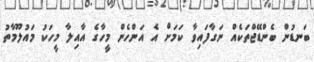
ބަނޑުން ބެންޑޭޖްތަކެއް ނަގާފައިވާ ކަމަށް އެ އަންހެން މީހާގެ އާއިލާ މީހަކު މައުލޫމާތު